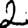
Digit: 2